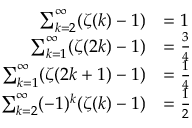
{ \begin{array} { r l } { \sum _ { k = 2 } ^ { \infty } ( \zeta ( k ) - 1 ) } & { = 1 } \\ { \sum _ { k = 1 } ^ { \infty } ( \zeta ( 2 k ) - 1 ) } & { = { \frac { 3 } { 4 } } } \\ { \sum _ { k = 1 } ^ { \infty } ( \zeta ( 2 k + 1 ) - 1 ) } & { = { \frac { 1 } { 4 } } } \\ { \sum _ { k = 2 } ^ { \infty } ( - 1 ) ^ { k } ( \zeta ( k ) - 1 ) } & { = { \frac { 1 } { 2 } } } \end{array} }